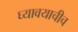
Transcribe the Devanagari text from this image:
घ्यावयाचीच